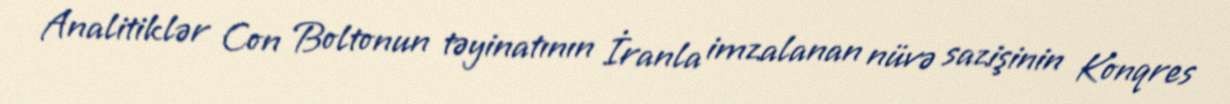
Analitiklər Con Boltonun təyinatının İranla imzalanan nüvə sazişinin Konqres